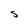
Character: S